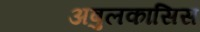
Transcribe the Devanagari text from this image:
अबुलकासिस